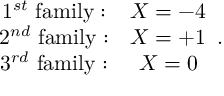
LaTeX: \begin{array} { c c } { { 1 ^ { s t } \ \mathrm { f a m i l y : } } } & { { X = - 4 } } \\ { { 2 ^ { n d } \ \mathrm { f a m i l y : } } } & { { X = + 1 } } \\ { { 3 ^ { r d } \ \mathrm { f a m i l y : } } } & { { X = 0 } } \end{array} .